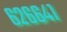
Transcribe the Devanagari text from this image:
६२६६४१